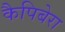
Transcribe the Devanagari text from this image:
कैपिबेरा